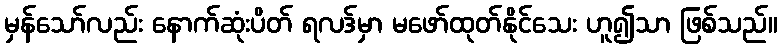
မှန်သော်လည်း နောက်ဆုံးပိတ် ရလဒ်မှာ မဖော်ထုတ်နိုင်သေး ဟူ၍သာ ဖြစ်သည်။